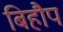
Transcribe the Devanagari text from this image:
बिहौप